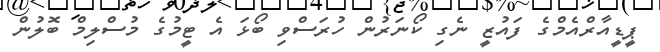
ޕީޑީއާރްއެމްގެ ފައުޒީ ނެގި ކޯނަރުން ހުރަސްވި ބޯޅަ އެ ޓީމުގެ މުސްލިމް ބޮލުން